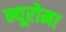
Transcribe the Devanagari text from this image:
न्यूरोमा